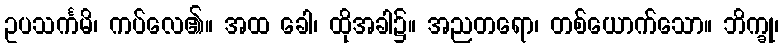
ဥပသင်္ကမိ၊ ကပ်လေ၏။ အထ ခေါ၊ ထိုအခါ၌။ အညတရော၊ တစ်ယောက်သော။ ဘိက္ခု၊